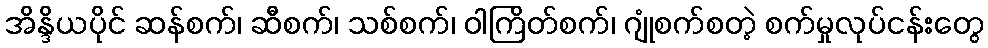
အိန္ဒိယပိုင် ဆန်စက်၊ ဆီစက်၊ သစ်စက်၊ ဝါကြိတ်စက်၊ ဂျုံစက်စတဲ့ စက်မှုလုပ်ငန်းတွေ